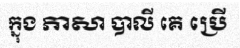
ក្នុង ភាសា បាលី គេ ប្រើ